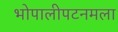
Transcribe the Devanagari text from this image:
भोपालीपटनमला